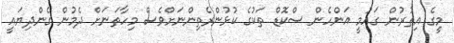
މީގެ އިތުރުން ގައުމީ އަންހެން ސްކޮޑް ތަކުގެ ކުޅުންރެތިންނަށްވެސް މިހާތަނަށް ދެމުން ގެންދިޔައީ